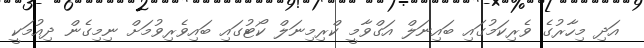
އަދި މިހާރުގެ ވެރިކަމުގައި ބައިނަލް އަގްވާމީ ކްރިމިނަލް ކޯޓުގައި ބައިވެރިވުމަށް ނިމިގެން ދިއުމަކީ